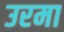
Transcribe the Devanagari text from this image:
उरमा